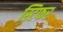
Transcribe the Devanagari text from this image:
स्टिफर